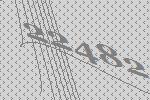
22482